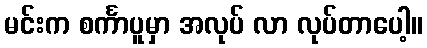
မင်းက စင်္ကာပူမှာ အလုပ် လာ လုပ်တာပေါ့။